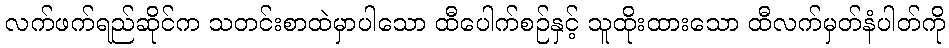
လက်ဖက်ရည်ဆိုင်က သတင်းစာထဲမှာပါသော ထီပေါက်စဉ်နှင့် သူထိုးထားသော ထီလက်မှတ်နံပါတ်ကို